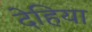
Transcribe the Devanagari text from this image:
देहिया